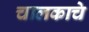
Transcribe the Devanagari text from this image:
चालकाचे